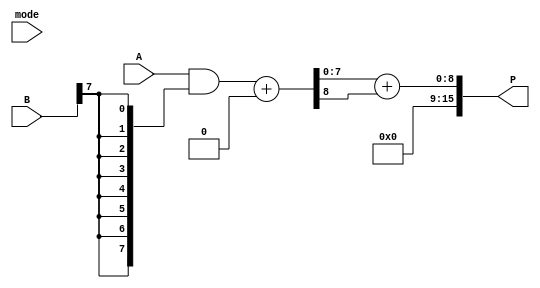
module dual_mode_wallace_tree_multiplier #(
    parameter N = 8 // Bit width of the operands
) (
    input [N-1:0] A, // First operand
    input [N-1:0] B, // Second operand
    input mode,      // Mode select (0: standard, 1: fast)
    output reg [2*N-1:0] P // Product output
);

    // Partial product generation
    wire [N-1:0] pp [0:N-1]; // Partial products
    genvar i, j;
    generate
        for (i = 0; i < N; i = i + 1) begin : pp_gen
            assign pp[i] = A & {N{B[i]}}; // ANDing A with each bit of B
        end
    endgenerate

    // Wallace tree reduction
    wire [N-1:0] sum [0:N-1]; // Sums from CSA
    wire [N-1:0] carry [0:N-1]; // Carries from CSA
    wire [N-1:0] final_sum, final_carry;

    // Wallace tree reduction logic
    generate
        for (i = 0; i < N; i = i + 1) begin : wallace_tree
            if (i < N-1) begin
                // Carry-save addition (3 inputs to 2 outputs)
                assign {carry[i+1], sum[i]} = pp[i] + pp[i+1] + pp[i+2];
            end else begin
                assign sum[i] = pp[i];
                assign carry[i] = 0;
            end
        end
    endgenerate

    // Final addition
    always @(*) begin
        if (mode == 0) begin
            // Standard mode: full Wallace tree reduction
            {final_carry, final_sum} = sum[N-1] + carry[N-1];
            P = final_sum + final_carry; // Final product
        end else begin
            // Fast mode: optimized reduction (simplified for demonstration)
            // Here we can apply specific optimizations for fast mode
            {final_carry, final_sum} = sum[N-1] + carry[N-1]; // Simplified
            P = final_sum + final_carry; // Final product
        end
    end

endmodule